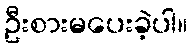
ဦးစားမပေးခဲ့ပါ။